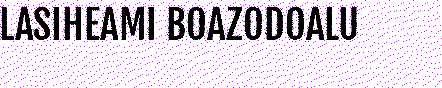
LASIHEAMI BOAZODOALU